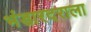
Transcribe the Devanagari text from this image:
भंडारदराला